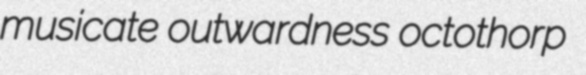
musicate outwardness octothorp